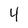
Character: 4